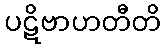
ပဋိဗာဟတီတိ